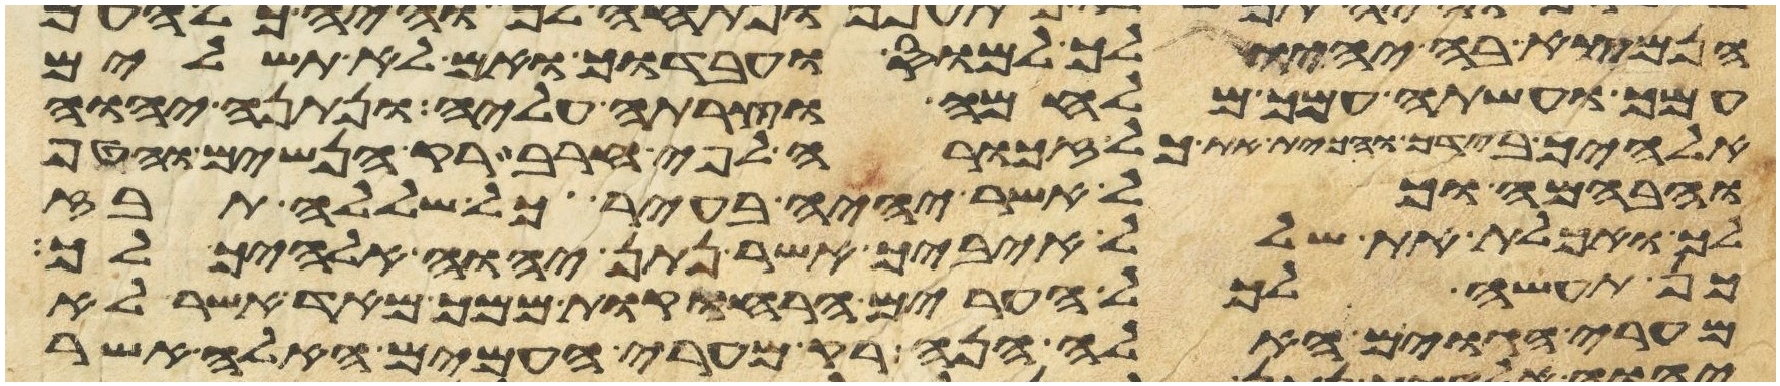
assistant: הנמצא בה יהיו לך למס ועבדוך ואם לא תשלים
עמך ועשתה עמך מלחמה וצרת עליה ונתנה יהוה
אלהיך בידך והכית את כל זכורה לפי חרב רק הנשים והטף
והבהמה וכל אשר יהיה בעיר כל שללה תבז
לך ואכלת את שלל איביך אשר נתן יהוה אלהיך לך
כן תעשה לכל הערים הרחוקות ממך מאד אשר לא
מערי הגוים האלה הנה רק מערי העמים האלה אשר